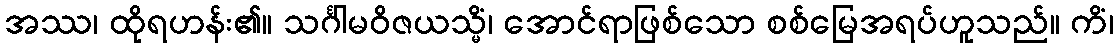
အဿ၊ ထိုရဟန်း၏။ သင်္ဂါမဝိဇယသ္မိံ၊ အောင်ရာဖြစ်သော စစ်မြေအရပ်ဟူသည်။ ကိံ၊